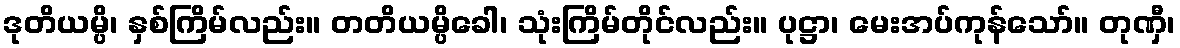
ဒုတိယမ္ပိ၊ နှစ်ကြိမ်လည်း။ တတိယမ္ပိခေါ၊ သုံးကြိမ်တိုင်လည်း။ ပုဋ္ဌာ၊ မေးအပ်ကုန်သော်။ တုဏှီ၊